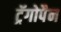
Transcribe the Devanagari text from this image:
ट्रॅगोपैन